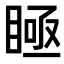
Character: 𥈂